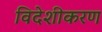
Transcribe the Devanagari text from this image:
विदेशीकरण